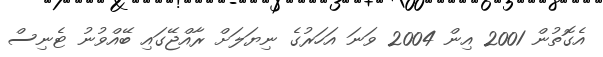
އެގޮތުން 2001 އިން 2004 ވަނަ އަހަރުގެ ނިޔަލަށް ރާއްޖޭގައި ބޭއްވުނު ޓެނިސް